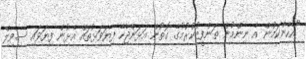
"އެހެންކަމުން އެ ނިންމުން ތަންފީޒުކުރުމުގެ ގޮތުން އަޅަންޖެހޭ ފިޔަވަޅުތައް އެޅުން ފިޔަވައި ސިވިލް